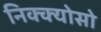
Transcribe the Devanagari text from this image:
निक्क्योसो